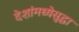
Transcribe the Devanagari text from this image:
देशांमध्येसुद्धा